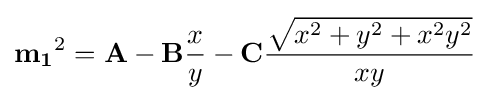
\mathbf {m_{1}} ^{2}=\mathbf {A} -\mathbf {B} {x \over y}-\mathbf {C} {{\sqrt {x^{2}+y^{2}+x^{2}y^{2}}} \over xy}